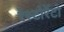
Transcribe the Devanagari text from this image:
रेस्‍टोरेंटो